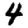
Digit: 4